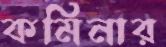
কমিনার